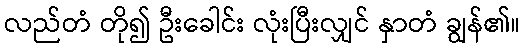
လည်တံ တို၍ ဦးခေါင်း လုံးပြီးလျှင် နှာတံ ချွန်၏။